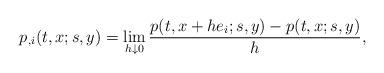
LaTeX: \begin{align*}p_{,i}(t,x;s,y)=\lim_{h\downarrow 0}\frac{p(t,x+he_i;s,y)-p(t,x;s,y)}{h},\end{align*}